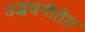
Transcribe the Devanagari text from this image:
उद्धवगीतेत